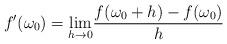
LaTeX: \begin{align*}f'(\omega_0 )={\lim_{h\rightarrow 0}}\frac{f(\omega_0 +h)-f(\omega_0 )}{h}\end{align*}